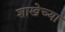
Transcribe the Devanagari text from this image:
शाखेच्‍या